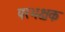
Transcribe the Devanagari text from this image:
परभक्षक